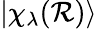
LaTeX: |\chi_{\lambda}(\mathcal{R})\rangle